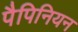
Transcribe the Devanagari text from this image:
पैपिनियन